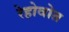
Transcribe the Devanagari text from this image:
रेहोवोत